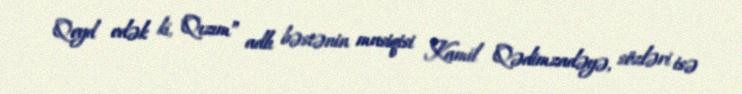
Qeyd edək ki, "Qızım” adlı bəstənin musiqisi Kamil Qədimzadəyə, sözləri isə